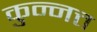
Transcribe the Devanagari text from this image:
कुन्नत्त